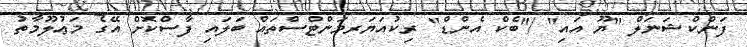
ފަންކްޝަނަލް "ޔޫ އައި" /"ބެކް އެންޑް" ރިކުއަޔަރމަންޓްސްތައް ބަލައި ފާސްކޮށް އޭގެ މަޢުލޫމާތު